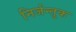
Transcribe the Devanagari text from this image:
निर्जन्तुक